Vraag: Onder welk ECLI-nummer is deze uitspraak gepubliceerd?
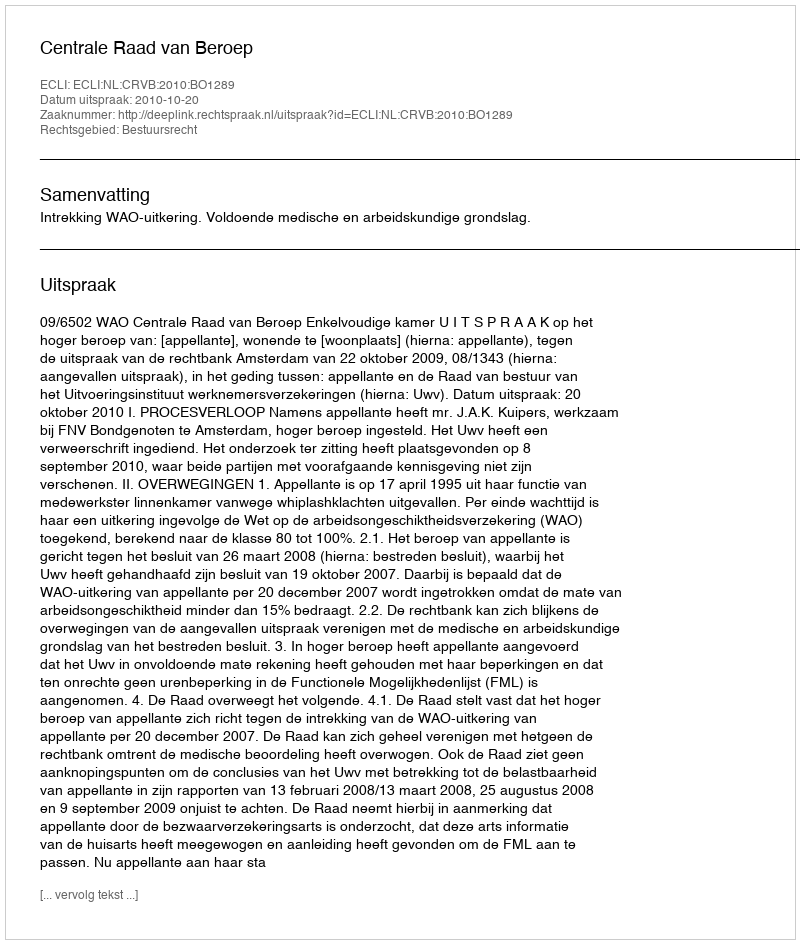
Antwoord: ECLI:NL:CRVB:2010:BO1289